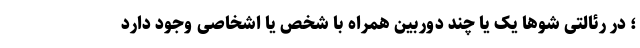
؛ در رئالتی شوها یک یا چند دوربین همراه با شخص یا اشخاصی وجود دارد